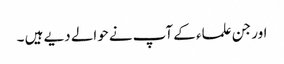
اور جن علماء کے آپ نے‌حوالے دیے ہیں ۔